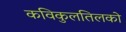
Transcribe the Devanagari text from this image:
कविकुलतिलको